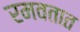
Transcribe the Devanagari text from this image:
रमवतात